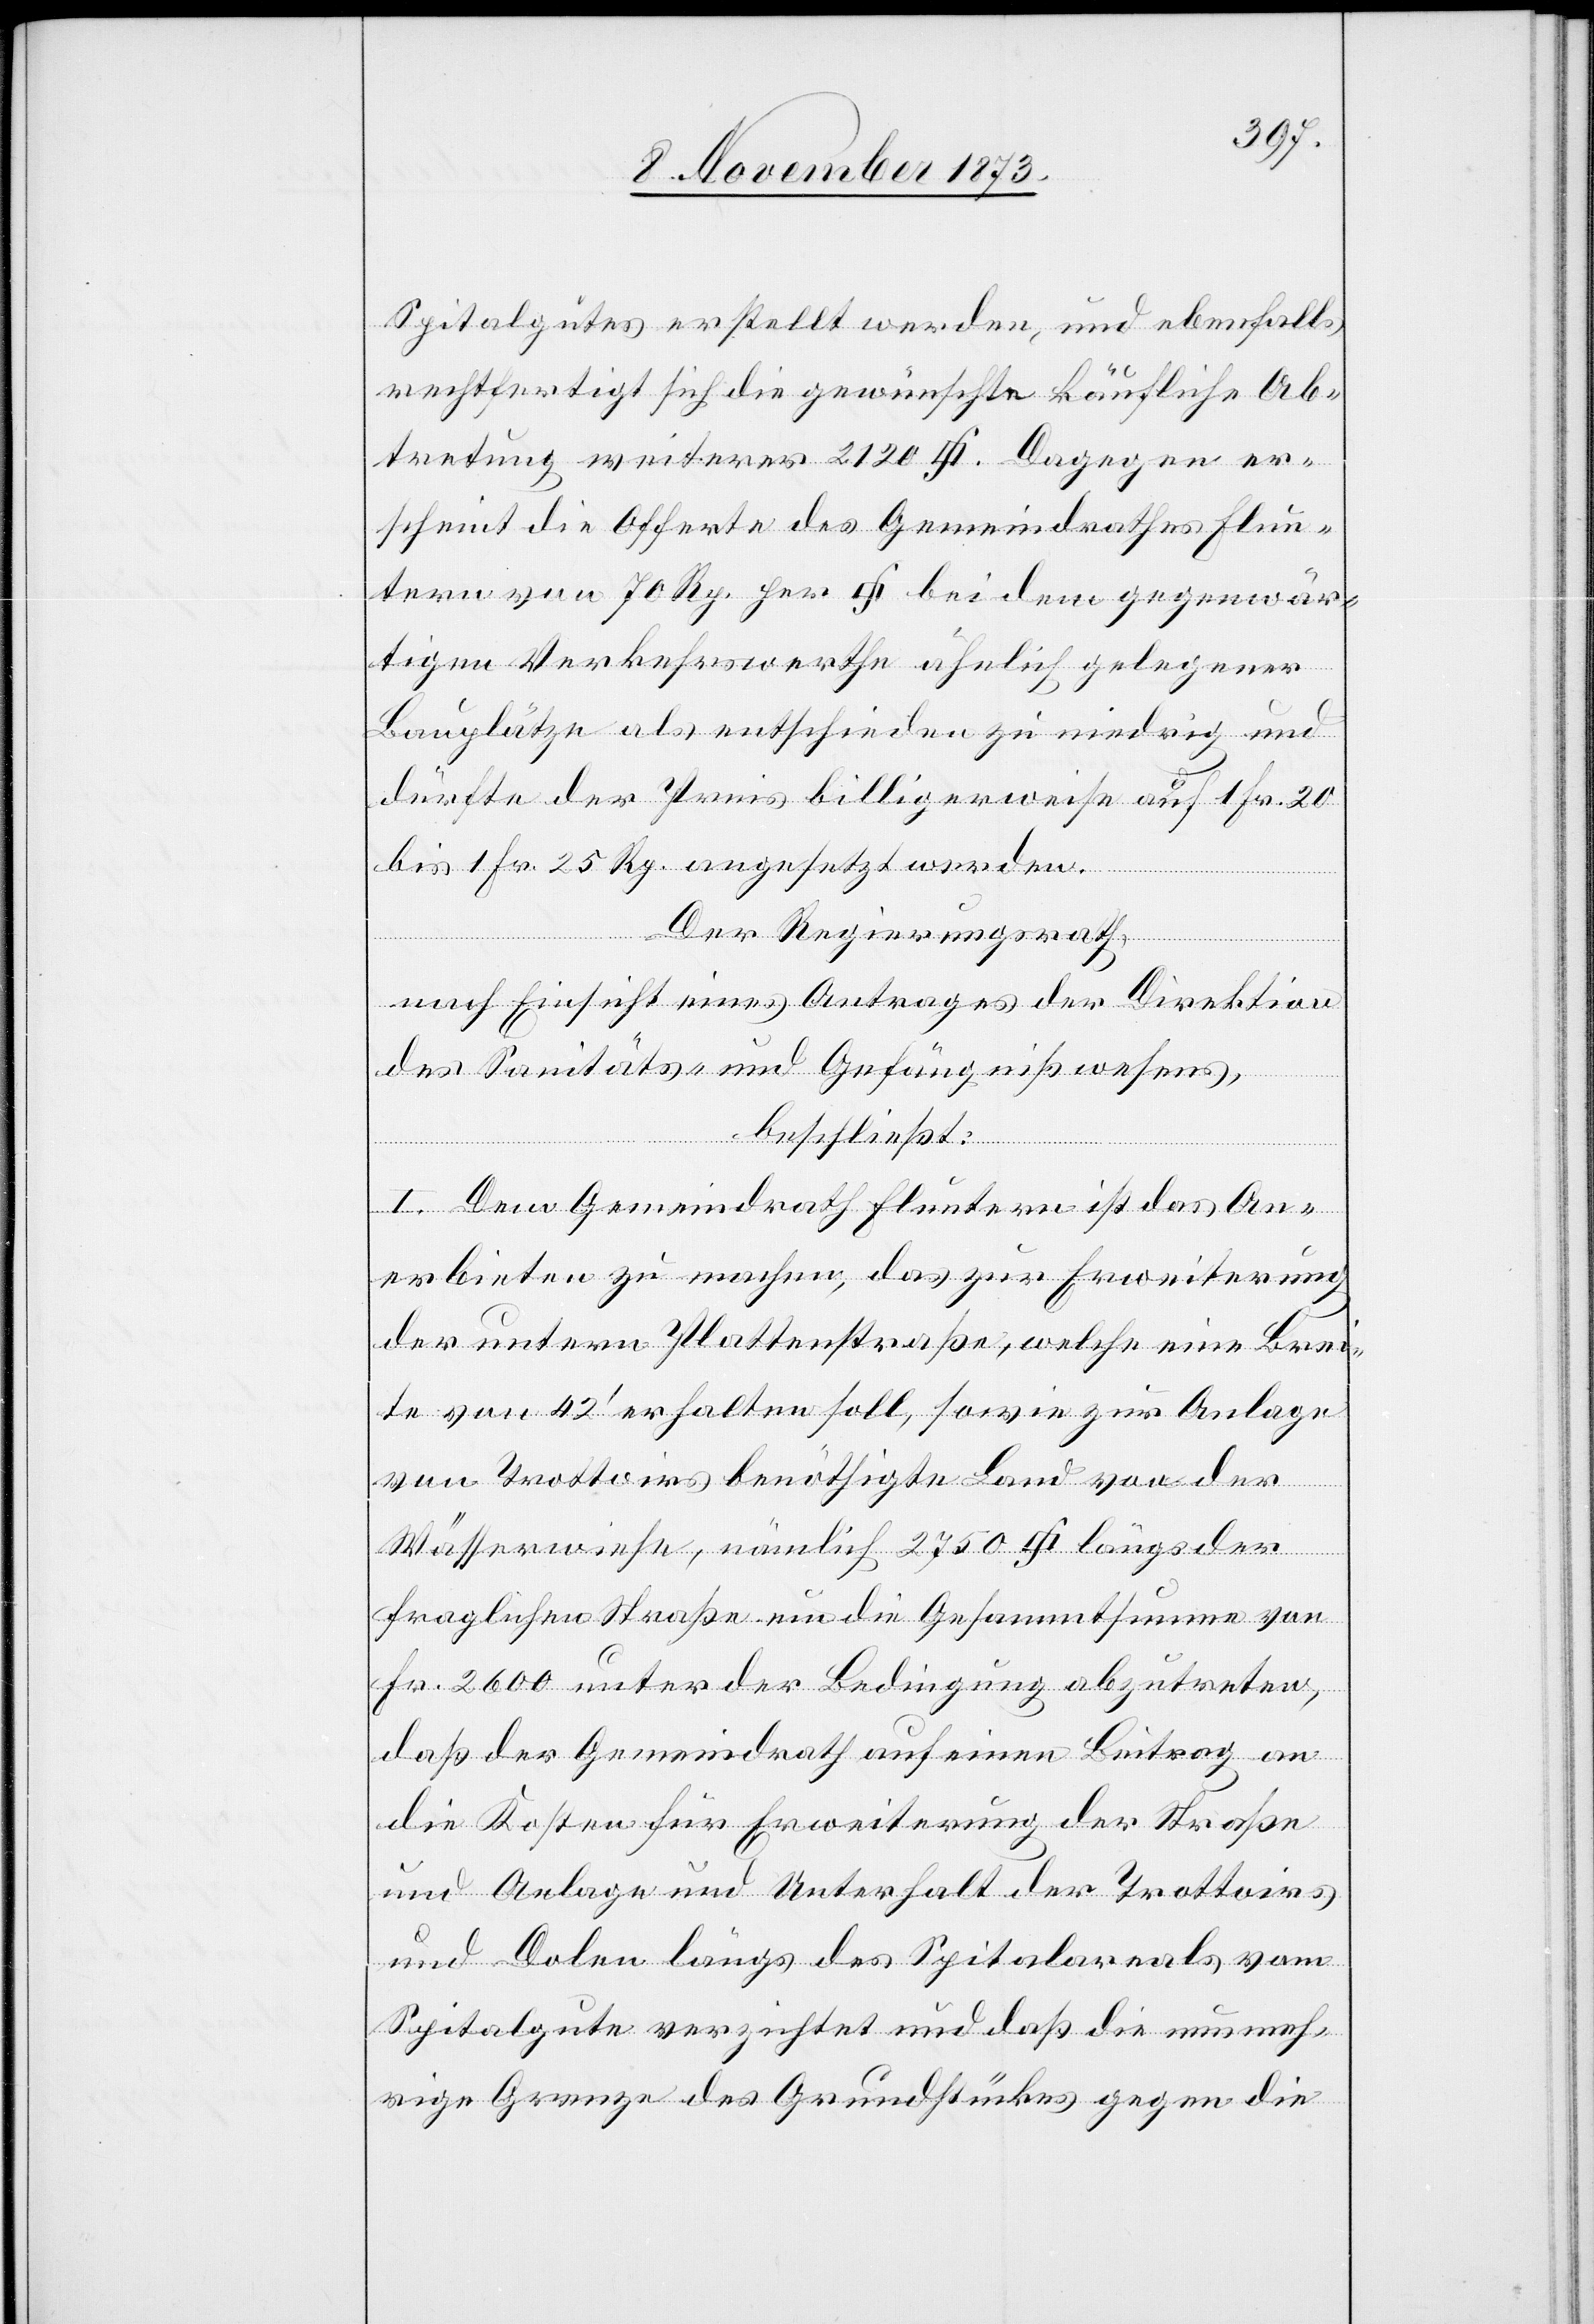
Spitalgutes erstellt werden, und ebenfalls
rechtfertigt sich die gewünschte käufliche Ab¬
scheint die Offerte des Gemeindrathes Flun¬
tern von 70 Rp. per [Quadratfuss] bei dem gegenwär¬
tigen Verkehrswerthe ähnlich gelegener
Bauplätze als entschieden zu niedrig und
dürfte der Preis billigerweise auf 1 Fr. 20
bis 1 Fr. 25 Rp. angesetzt werden.
Der Regierungsrath,
nach Einsicht eines Antrages der Direktion
des Sanitäts- und Gefängnißwesens,
beschließt:
I. Dem Gemeindrath Fluntern ist das An¬
erbieten zu machen, das zur Erweiterung
der untern Plattenstraße, welche eine Brei¬
te von 42‘ erhalten soll, sowie zur Anlage
von Trottoirs benöthigte Land von der
Wässerwiese, nämlich 2 750 [Quadratfuss] längs der
er¬
fraglichen Straße um die Gesammtsumme von
Fr. 2 600 unter der Bedingung abzutreten,
daß der Gemeindrath auf einen Beitrag an
die Kosten für Erweiterung der Straße
und Anlage und Unterhalt der Trottoirs
und Dolen längs des Spitalareals vom
Spitalgute verzichtet und daß die nunmeh¬
rige Grenze des Grundstückes gegen die